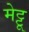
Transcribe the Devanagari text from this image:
मेट्टू